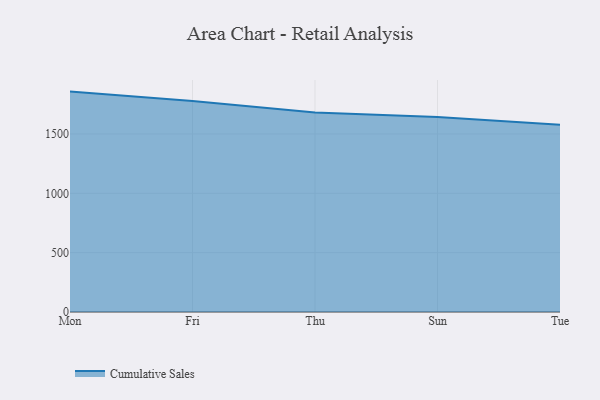
{"axis": {"x": "Day", "y": "Temperature (°C)"}, "legend": ["Cumulative Sales"], "data": [{"x": "Mon", "y": 1856.8, "type": "Cumulative Sales"}, {"x": "Fri", "y": 1776.9, "type": "Cumulative Sales"}, {"x": "Thu", "y": 1680.6, "type": "Cumulative Sales"}, {"x": "Sun", "y": 1643.8, "type": "Cumulative Sales"}, {"x": "Tue", "y": 1578.4, "type": "Cumulative Sales"}]}